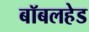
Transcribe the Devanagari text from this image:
बॉबलहेड